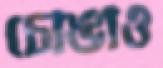
চোঙাও